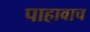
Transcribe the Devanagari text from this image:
पाहावाच